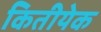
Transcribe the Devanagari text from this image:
कितीयेक